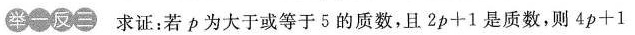
举一反三 求证：若ρ为大于或等于5的质数，且$$2 p + 1$$是质数，则$$4 p + 1$$